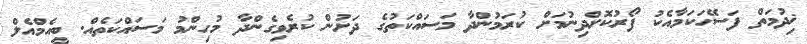
ޚިދުމަތް ފަސޭހަކަމާއެކު ފޯރުކޮށްދިނުމަށް ކުރަމުންދާ މަސައްކަތުގެ ދަށުން ކުރެވިގެންދާ މުހިންމު މަސައްކަތެއް. ބީއެމްއެލް